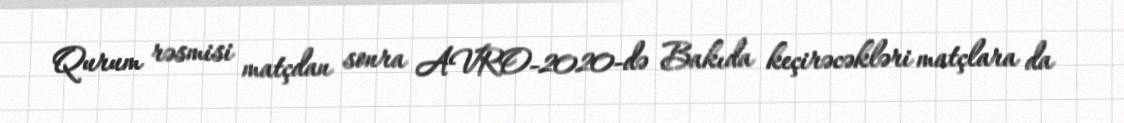
Qurum rəsmisi matçdan sonra AVRO-2020-də Bakıda keçirəcəkləri matçlara da